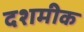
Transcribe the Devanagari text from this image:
दशमीक